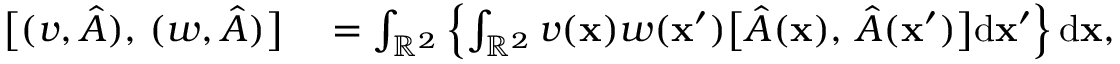
\begin{array} { r l } { \bigl [ ( v , \hat { A } ) , \, ( w , \hat { A } ) \bigr ] } & { { } = \int _ { \mathbb { R } ^ { 2 } } \left\{ \int _ { \mathbb { R } ^ { 2 } } v ( \mathbf { x } ) w ( \mathbf { x } ^ { \prime } ) \bigl [ \hat { A } ( \mathbf { x } ) , \, \hat { A } ( \mathbf { x } ^ { \prime } ) \bigr ] \mathrm { d } \mathbf { x } ^ { \prime } \right\} \mathrm { d } \mathbf { x } , } \end{array}